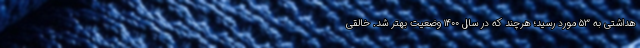
هداشتی به ۵۳ مورد رسید؛ هرچند که در سال ۱۴۰۰ وضعیت بهتر شد. خالقی